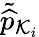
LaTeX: \tilde{\widehat{p}}_{\mathcal{K}_{i}}